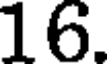
16.